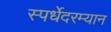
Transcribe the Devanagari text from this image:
स्पर्धेेदरम्यान